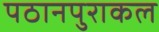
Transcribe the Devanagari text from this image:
पठानपुराकल